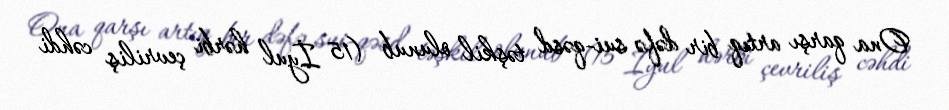
Ona qarşı artıq bir dəfə sui-qəsd təşkil olunub (15 İyul hərbi çevriliş cəhdi